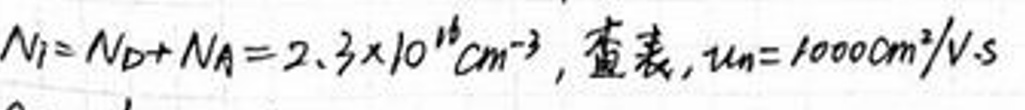
$N _ { i } = N _ { D } + N _ { A } = 2. 3 \times 1 0 ^ { 1 6 } c m ^ { - 3 }$，查表，$v _ { n } = 1 0 0 0 c m ^ { 2 } / V s$